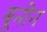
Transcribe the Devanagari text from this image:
बूनीन